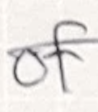
Text: of
Cross-out: diagonal
Writing tool: pencil